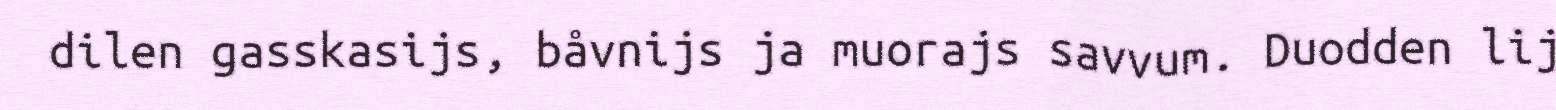
dilen gasskasijs, båvnijs ja muorajs savvum. Duodden lij